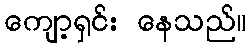
ကျော့ရှင်း နေသည်။